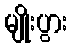
မျိုးပွား